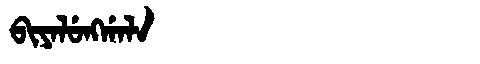
Manchu: ᠪᡳᠶᠠᠯᡠᠩᡤᠠᠯᠠ
Romanization: BIYALUNGGALA